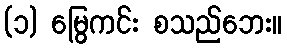
(၁) မြွေကင်း စသည်ဘေး။